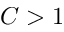
C > 1